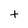
Character: t